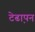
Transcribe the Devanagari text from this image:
टेढा़पन